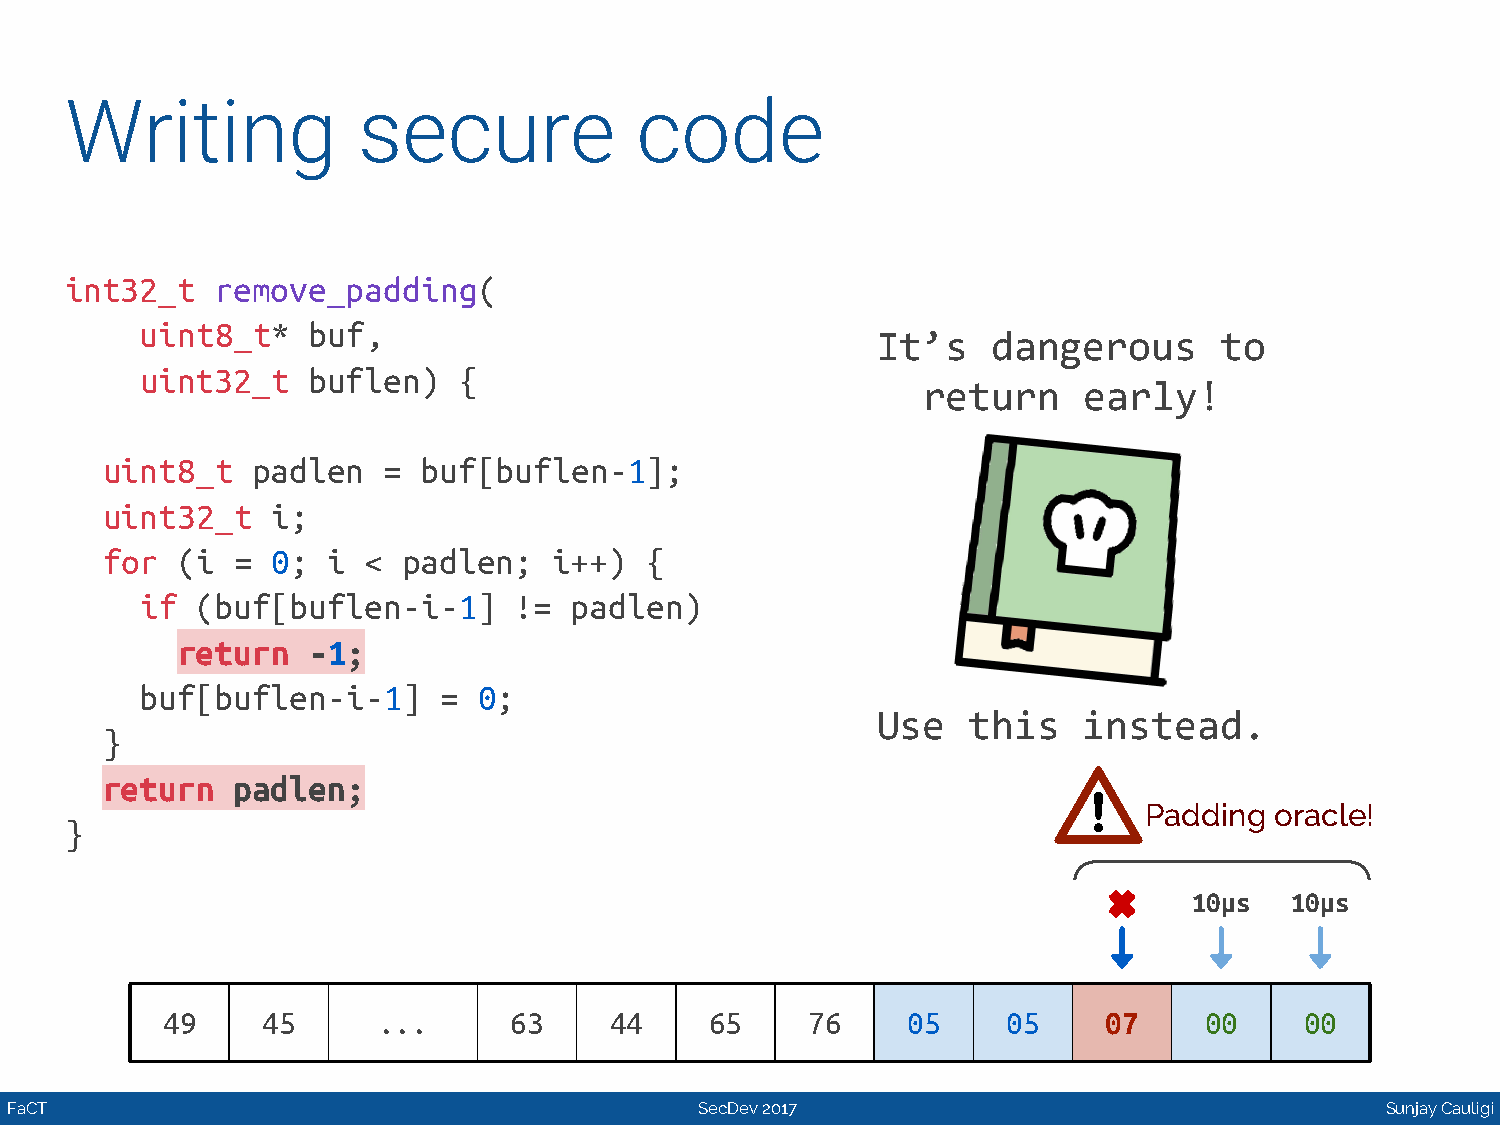
Writing             secure            code
 int32_t   remove_padding(
 uint8_t*   buf,
 It’s    dangerous      to
 uint32_t   buflen)   {
 return     early!
 uint8_t   padlen  =  buf[buflen-1];
 uint32_t   i;
 for  (i =  0;  i <  padlen;   i++)  {
 if  (buf[buflen-i-1]     !=  padlen)
 return  -1;
 buf[buflen-i-1]     =  0;
 Use   this    instead.
 }
 return  padlen;
 Padding oracle!
 }
 10μs  10μs
 49    45      ...      63    44     65    76     05     05    07     00    00
 FaCT                                          SecDev 2017                                   Sunjay Cauligi